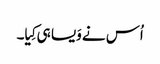
اُس نے وَیسا ہی کِیا۔